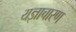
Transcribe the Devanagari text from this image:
यज्ञाचारण